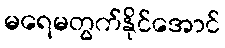
မရေမတွက်နိုင်အောင်